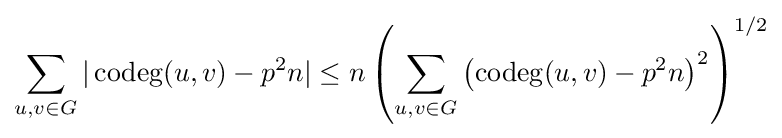
\sum _{u,v\in G}|\operatorname {codeg} (u,v)-p^{2}n|\leq n\left(\sum _{u,v\in G}\left(\operatorname {codeg} (u,v)-p^{2}n\right)^{2}\right)^{1/2}